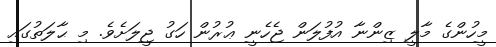
މީހުންގެ މާލީ ޒިންނާ އުފުލަން ޖެހެނީ ޢުރުން ހަގު ޖީލަށެވެ. މި ޙާލަތުގައި